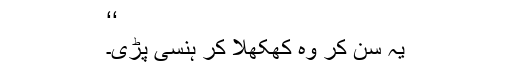
‘‘
یہ سُن کر وہ کھکھلا کر ہنسی پڑی۔